Scottish Leaving Certificate Examination, 1956
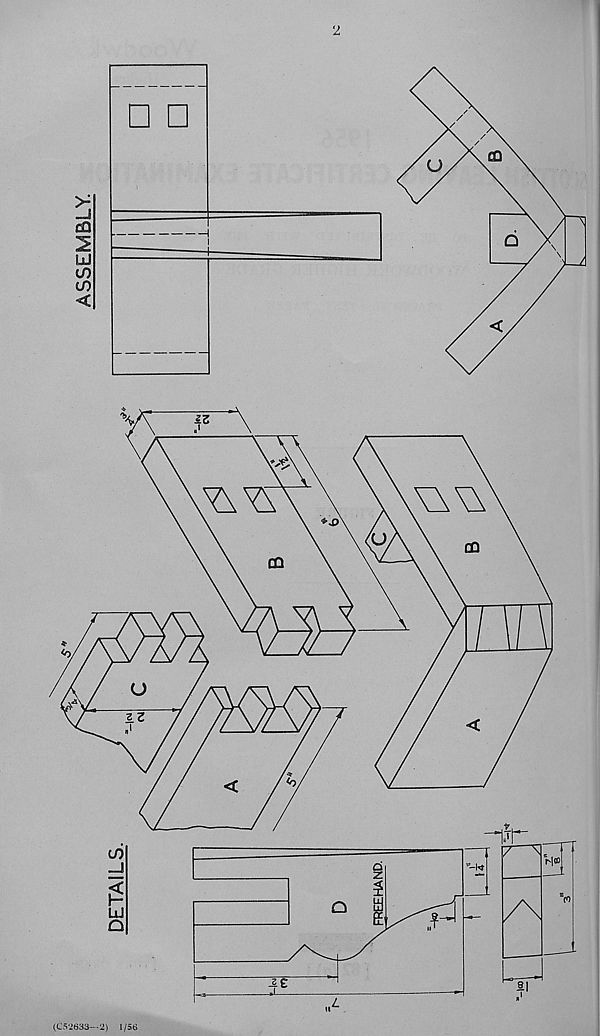
ASSEMBLY.
2
□ □
(C52633—2) 1/56